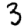
Digit: 3